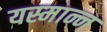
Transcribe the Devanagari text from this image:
यस्मान्न